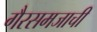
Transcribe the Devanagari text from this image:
गैरसमजाची